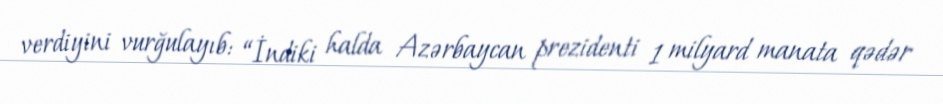
verdiyini vurğulayıb: “İndiki halda Azərbaycan prezidenti 1 milyard manata qədər